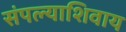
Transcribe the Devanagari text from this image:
संपल्याशिवाय